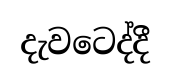
දැවටෙද්දී